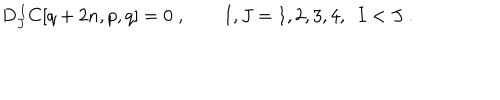
LaTeX: D _ { J } ^ { \, I } C [ q + 2 n , p , q ] = 0 \; , \qquad I , J = 1 , 2 , 3 , 4 , \ \ I < J \; .